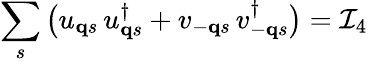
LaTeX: \sum_{s}\big(u_{{\mathbf q}s}\, u_{{\mathbf q}s}^{\dagger}+v_{-{\mathbf q}s}\, v_{-{\mathbf q}s}^{\dagger}\big)=\mathcal{I}_{4}